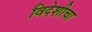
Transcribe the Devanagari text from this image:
विदेशीचा